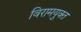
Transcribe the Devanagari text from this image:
विरामयुक्त